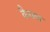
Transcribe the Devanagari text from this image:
कैराबा